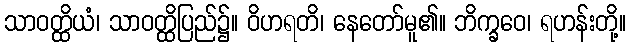
သာဝတ္ထိယံ၊ သာဝတ္ထိပြည်၌။ ဝိဟရတိ၊ နေတော်မူ၏။ ဘိက္ခဝေ၊ ရဟန်းတို့။